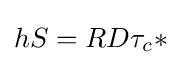
{hS}=RD\tau _{c}*